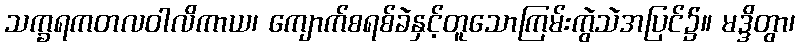
သက္ခရကတလဝါလိကာယ၊ ကျောက်စရစ်ခဲနှင့်တူသောကြမ်းကွဲသဲအပြင်၌။ မဒ္ဒိတွာ၊